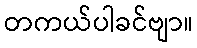
တကယ်ပါခင်ဗျာ။